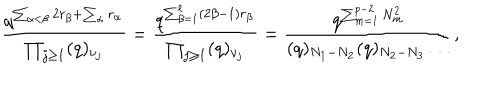
LaTeX: \frac { q ^ { \sum _ { \alpha < \beta } 2 r _ { \beta } + \sum _ { \alpha } r _ { \alpha } } } { \prod _ { j \geq 1 } ( q ) _ { \nu _ { j } } } = \frac { q ^ { \sum _ { \beta = 1 } ^ { \ell } ( 2 \beta - 1 ) r _ { \beta } } } { \prod _ { j \geq 1 } ( q ) _ { \nu _ { j } } } = \frac { q ^ { \sum _ { m = 1 } ^ { p - 2 } N _ { m } ^ { 2 } } } { ( q ) _ { N _ { 1 } - N _ { 2 } } ( q ) _ { N _ { 2 } - N _ { 3 } } \dots } ,